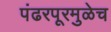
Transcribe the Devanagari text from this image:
पंढरपूरमुळेच